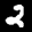
Label: 2